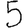
Digit: 5